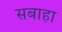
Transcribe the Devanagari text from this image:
सबाहा